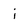
Character: i